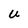
Character: U